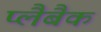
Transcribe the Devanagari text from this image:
प्लैबैक